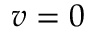
v = 0